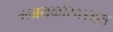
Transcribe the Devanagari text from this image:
ग्लायकोसाइड्‌स